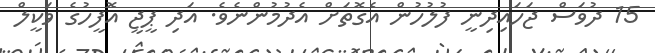
15 ދުވަސް ޖަހައިދިނީ ފުލުހުން އެގޮތަށް އެދުމުންނެވެ. އަދި ޕީޖީ އޮފީހުގެ ވަކީލް